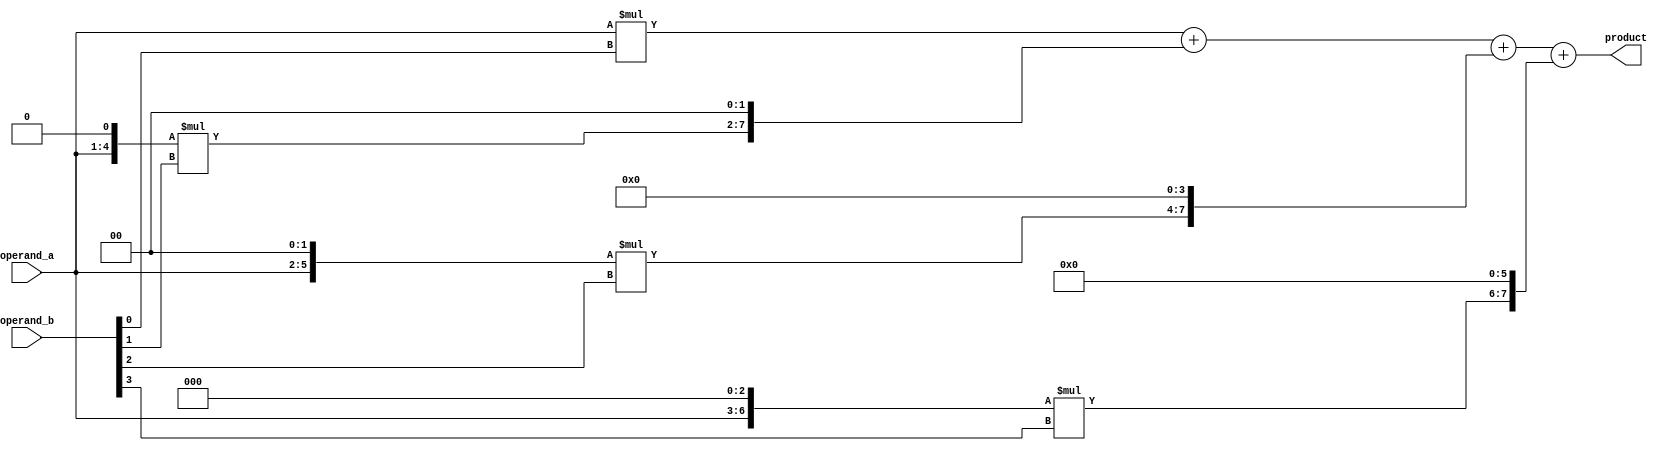
module radix4_multiplier(
    input [3:0] operand_a,
    input [3:0] operand_b,
    output [7:0] product
);

reg [7:0] partial_product[3:0];
reg [7:0] final_product;

// Radix-4 Booth Encoder
always @(*)
begin
    partial_product[0] = operand_a * (operand_b[0] & 1'b1);
    partial_product[1] = (operand_a << 1) * (operand_b[1] & 1'b1);
    partial_product[2] = (operand_a << 2) * (operand_b[2] & 1'b1);
    partial_product[3] = (operand_a << 3) * (operand_b[3] & 1'b1);
end

// Radix-4 Booth Encoder Controller
always @(*)
begin
    final_product = partial_product[0] + (partial_product[1] << 2) + (partial_product[2] << 4) + (partial_product[3] << 6);
end

assign product = final_product;

endmodule